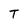
Character: T